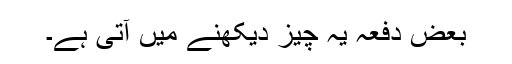
بعض دفعہ یہ چیز دیکھنے میں آتی ہے۔